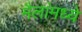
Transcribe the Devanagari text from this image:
मैलांमध्ये